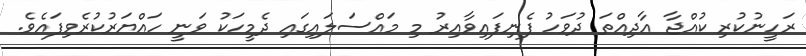
ރަހީނުކުރި ކުއްޖާ އާދިއްތަ ދުވަހު ފެނިފައިވާއިރު މި މައްސަލައިގައި ދެމީހަކު ވަނީ ހައްޔަރުކުރެވިފައެވެ.